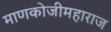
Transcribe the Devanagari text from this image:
माणकोजीमहाराज